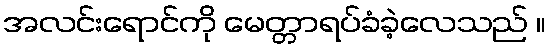
အလင်းရောင်ကို မေတ္တာရပ်ခံခဲ့လေသည် ။